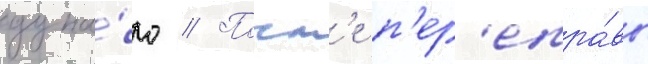
дуна́ю // Посл'е п'ер'епра́вы